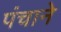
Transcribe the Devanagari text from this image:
पंचाने